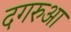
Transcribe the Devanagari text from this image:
दगरुआ